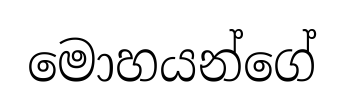
මොහයන්ගේ